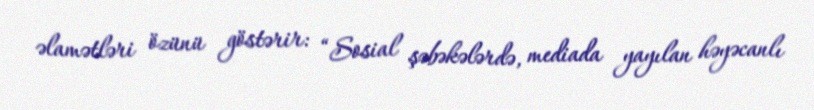
əlamətləri özünü göstərir: “Sosial şəbəkələrdə, mediada yayılan həyəcanlı